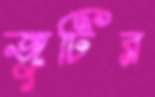
জুটির